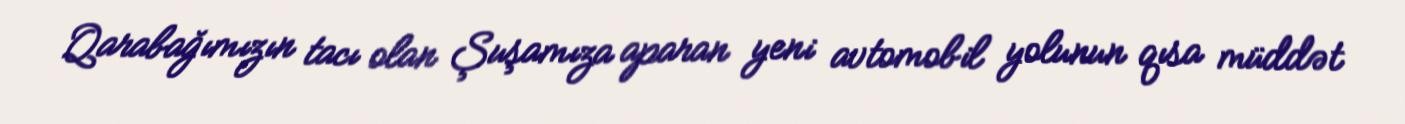
Qarabağımızın tacı olan Şuşamıza aparan yeni avtomobil yolunun qısa müddət